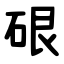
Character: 硍